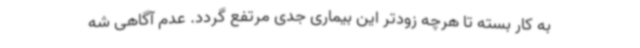
به کار بسته تا هرچه زودتر این بیماری جدی مرتفع گردد. عدم آگاهی شه